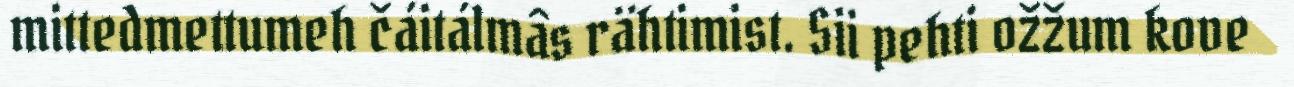
mittedmettumeh čáitálmâs rähtimist. Sii pehti ožžum kove